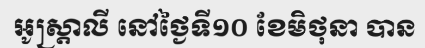
អូស្ត្រាលី នៅថ្ងៃទី១០ ខែមិថុនា បាន